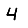
Digit: 4